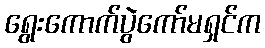
ရွေးကောက်ပွဲကော်မရှင်က